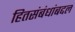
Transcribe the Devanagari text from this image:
हितसंबंधांबद्दल